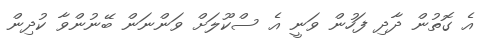
އެ ގޮތުން ދާދި ފަހުން ވަނީ އެ ސްކޫލަށް ވަންނަން ބޭނުންވާ ކުދިން